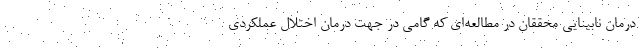
درمان نابینایی محققان در مطالعه‌ای که گامی در جهت درمان اختلال عملکردی